Report of the Indian Hemp Drugs Commission, 1894-1895 - Volume V
Year: 1894
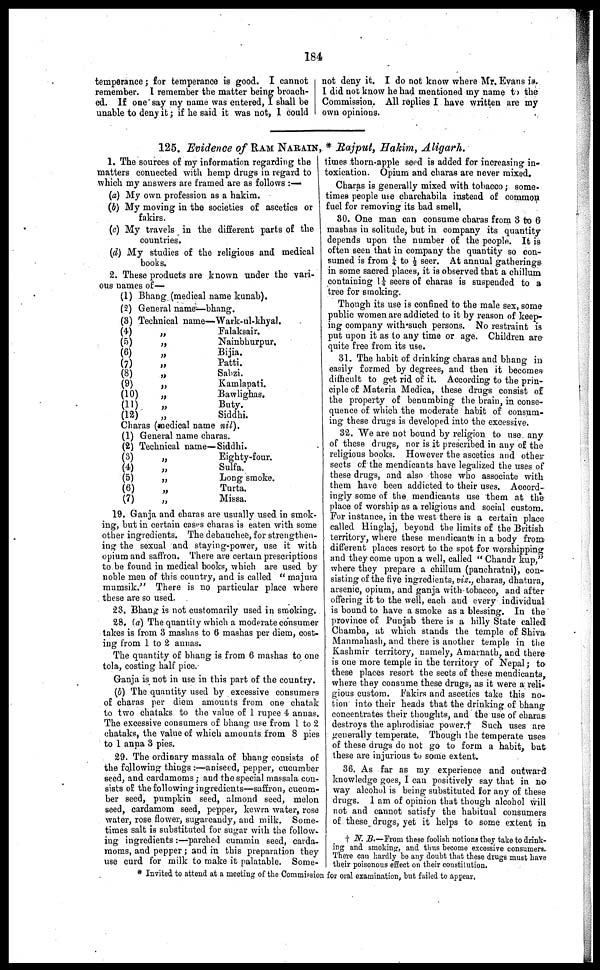
184
temperance; for temperance is good. I cannot
remember. I remember the matter being broach-
ed. If one say my name was entered, I shall be
unable to deny it; if he said it was not, I could
not deny it. I do not know where Mr. Evans is,
I did not know he had mentioned my name to the
Commission. All replies I have written are my
own opinions.
125. Evidence of RAM NARAIN , * Rajput, Hakim, Aligarh.
1. The sources of my information regarding the
matters connected with hemp drugs in regard to
which my answers are framed are as follows :—
(a) My own profession as a hakim.
(b) My moving in the societies of ascetics or
fakirs.
(c) My travels in the different parts of the
countries.
(d) My studies of the religious and medical
books.
2. These products are known under the vari-
ous names of—
(1) Bhang (medical name kunab).
(2) General name—bhang,
(3) Technical name—Wark-ul-khyal.
(4) „
(5) „
(6) „
(7) „
(8) „
(9) „
(10)
„
(11)
„
(12)
„
Falaksair.
Nainbhurpur.
Bijia.
Patti.
Sabzi.
Kamlapati.
Bawlighas.
Buty.
Siddhi.
Charas (medical name nil).
(1) General name charas.
(2) Technical name—Siddhi.
(3) „
(4) „
(5) „
(6) „
(7) „
Eighty-four.
Sulfa.
Long smoke.
Turta.
Missa.
19. Ganja and charas are usually used in smok-
ing, but in certain cases charas is eaten with some
other ingredients. The debauchee, for strengthen-
ing the sexual and staying-power, use it with
opium and saffron. There are certain prescriptions
to be found in medical books, which are used by
noble men of this country, and is called " majum
mumsik." There is no particular place where
these are so used.
23. Bhang is not customarily used in smoking.
28. (a) The quantity which a moderate consumer
takes is from 3 mashas to 6 mashas per diem, cost-
ing from 1 to 2 annas.
The quantity of bhang is from 6 mashas to one
tola, costing half pice.
Ganja is not in use in this part of the country.
(b) The quantity used by excessive consumers
of charas per diem amounts from one chatak
to two chataks to the value of 1 rupee 4 annas.
The excessive consumers of bhang use from 1 to 2
chataks, the value of which amounts from 8 pies
to 1 anna 3 pies.
29. The ordinary massala of bhang consists of
the following things :—aniseed, pepper, cucumber
seed, and cardamoms; and the special massala con-
sists of the following ingredients—saffron, cucum-
ber seed, pumpkin seed, almond seed, melon
seed, cardamom seed, pepper, kewra water, rose
water, rose flower, sugatcandy, and milk. Some-
times salt is substituted for sugar with the follow-
ing ingredients :—parched cummiu seed, carda-
moms, and pepper; and in this preparation they
use curd for milk to make it palatable. Some-
times thorn-apple seed is added for increasing in-
toxication. Opium and charas are never mixed.
Charas is generally mixed with tobacco; some-
times people use charchabila instead of common
fuel for removing its bad smell.
30. One man can consume charas from 3 to 6
mashas in solitude, but in company its quantity
depends upon the number of the people. It is
often seen that in company the quantity so con-
sumed is from ¼ to ½ seer. At annual gatherings
in some sacred places, it is observed that a chillum
containing 1¼ seers of charas is suspended to a
tree for smoking.
Though its use is confined to the male sex, some
public women are addicted to it by reason of keep-
ing company with such persons. No restraint is
put upon it as to any time or age. Children are
quite free from its use.
31. The habit of drinking charas and bhang in
easily formed by degrees, and then it becomes
difficult to get rid of it. According to the prin-
ciple of Materia Medica, these drugs consist of
the property of benumbing the brain, in conse-
quence of which the moderate habit of consum-
ing these drugs is developed into the excessive.
32. We are not bound by religion to use. any
of these drugs, nor is it prescribed in any of the
religious books. However the ascetics and other
sects of the mendicants have legalized the uses of
these drugs, and also those who associate with
them have been addicted to their uses. Accord-
ingly some of the mendicants use them at the
place of worship as a religious and social custom.
For instance, in the west there is a certain place
called Hinglaj, beyond the limits of the British
territory, where these mendicants in a body from
different places resort to the spot for worshipping
and they come upon a well, called " Chandr kup,"
where they prepare a chillum (panchratni), con-
sisting of the five ingredients, viz., charas, dhatura,
arsenic, opium, and ganja with tobacco, and after
offering it to the well, each and every individual
is bound to have a smoke as a blessing. In the
province of Punjab there is a hilly State called
Chamba, at which stands the temple of Shiva
Manmahash, and there is another temple in the
Kashmir territory, namely, Amarnath, and there
is one more temple in the territory of Nepal; to
these places resort the sects of these mendicants,
where they consume these drugs, as it were a reli-
gious custom. Fakirs and ascetics take this no-
tion into their heads that the drinking of bhang
concentrates their thoughts, and the use of charas
destroys the aphrodisiac power.† Such uses are
generally temperate. Though the temperate uses
of these drugs do not go to form a habit, but
these are injurious to some extent.
36. As far as my experience and outward
knowledge goes, I can positively say that in no
way alcohol is being substituted for any of these
drugs. I am of opinion that though alcohol will
not and cannot satisfy the habitual consumers
of these drugs, yet it helps to some extent in
† N. B.—From these foolish notions they take to drink-
ing and smoking, and thus become excessive consumers.
There can hardly bo any doubt that these drugs must have
their poisonous effect on their coustitution.
* Invited to attend at a meeting of the Commission for oral examination, but failed to appear.